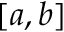
[ a , b ]